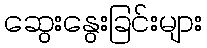
ဆွေးနွေးခြင်းများ